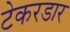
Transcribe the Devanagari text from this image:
टेकरडार